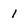
Character: 1